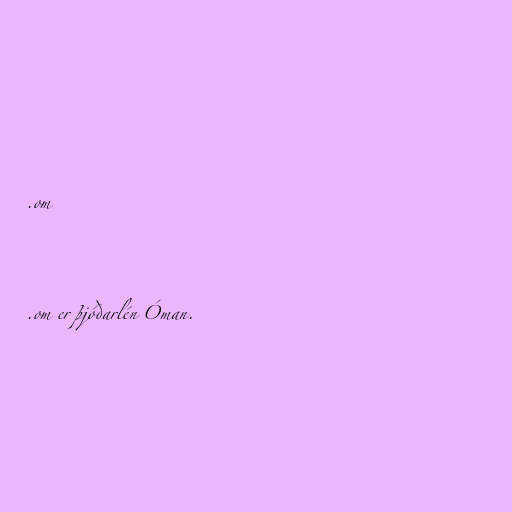
.om

.om er þjóðarlén Óman.